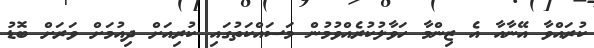
ކުރައްވާ އޭނާއާ އެ ޒިންމާ ހަވާލުކުރެއްވުމުން މަސައްކަތުގައި ކުރިއަށް ދިއުމަށް ވަރަށް ބޮޑު